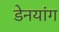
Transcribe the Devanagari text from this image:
डेनयांग